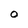
Character: 0